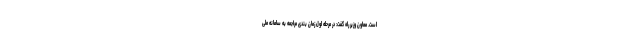
است. معاون وزیر راه گفت: در مرحله اول زمان بندی مراجعه به سامانه ملی